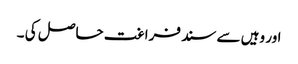
اور وہیں سے سند فراغت حاصل کی ۔